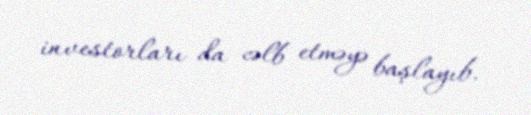
investorları da cəlb etməyə başlayıb.